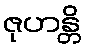
ဇုဟန္တိ